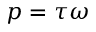
p = \tau \omega